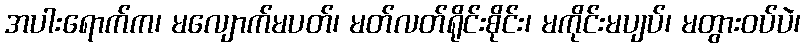
အပါးရောက်က၊ မလျောက်မပတ်၊ မတ်လတ်ရိုင်းစိုင်း၊ မကိုင်းမပျပ်၊ မတွားဝပ်ပဲ၊